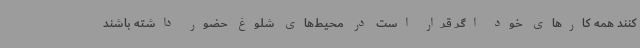
کنند همه کارهای خود اگر قرار است در محیط‌های شلوغ حضور داشته باشند